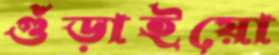
গুঁড়াইয়ো